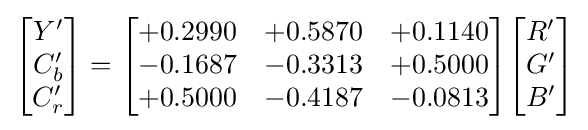
{\begin{bmatrix}Y'\\C_{b}'\\C_{r}'\end{bmatrix}}={\begin{bmatrix}+0.2990&+0.5870&+0.1140\\-0.1687&-0.3313&+0.5000\\+0.5000&-0.4187&-0.0813\end{bmatrix}}{\begin{bmatrix}R'\\G'\\B'\end{bmatrix}}